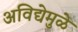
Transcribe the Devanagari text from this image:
अविद्येमुळे